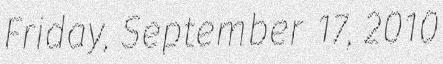
Friday, September 17, 2010